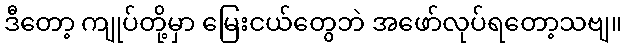
ဒီတော့ ကျုပ်တို့မှာ မြေးငယ်တွေဘဲ အဖော်လုပ်ရတော့သဗျ။